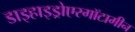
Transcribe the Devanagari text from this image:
डाइहाइड्रोएरगॉटामीन